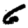
Digit: 6